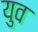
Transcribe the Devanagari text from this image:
युव